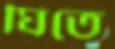
ঘিতে